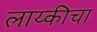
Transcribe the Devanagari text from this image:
लाय्कीचा